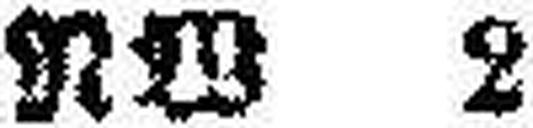
NW 2